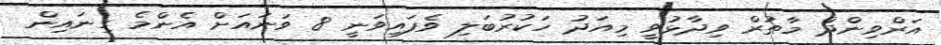
އަރްވިންދް މާތުރް ވިދާޅުވީ މިއަދު ހަކުރުބަލި ވެފައިވަނީ 8 ވަނައަށް އެންމެ ގިނައިން